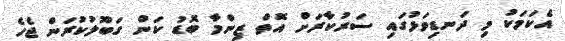
އެކަމަކު މި ދަނޑިވަޅުގައި ސަރުކާރަށް އޮތް ޒިންމާ ބޮޑު ކަން ގަބޫލުކުރަން ޖެހެ